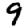
Digit: 9